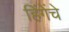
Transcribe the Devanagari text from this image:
हिंगेंचे